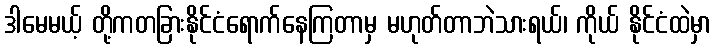
ဒါမေမယ့် တို့ကတခြားနိုင်ငံရောက်နေကြတာမှ မဟုတ်တာဘဲသားရယ်၊ ကိုယ် နိုင်ငံထဲမှာ